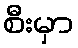
စီးမှာ